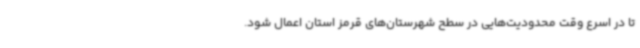
تا در اسرع وقت محدودیت‌هایی در سطح شهرستان‌های قرمز استان اعمال شود.